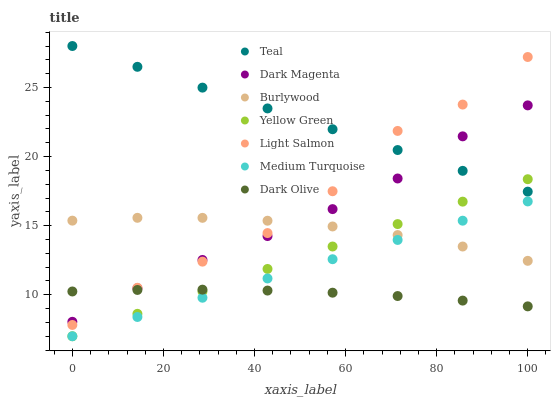
| xaxis_label | Teal | Dark Magenta | Burlywood | Yellow Green | Light Salmon | Medium Turquoise | Dark Olive |
 | --- | --- | --- | --- | --- | --- | --- | --- |
 | 0 | 28 | 8.05 | 15.4 | 7 | 7.82 | 7 | 10.2 |
 | 14.3 | 26.5 | 10.5 | 15.6 | 8.62 | 10.5 | 8.39 | 10.4 |
 | 28.6 | 25 | 12.5 | 15.6 | 10.2 | 12.4 | 9.79 | 10.4 |
 | 42.9 | 23.5 | 14.2 | 15.4 | 11.9 | 14.5 | 11.2 | 10.3 |
 | 57.1 | 22 | 16.2 | 14.9 | 13.5 | 17.5 | 12.6 | 10.2 |
 | 71.4 | 20.5 | 18.4 | 14.3 | 15.1 | 21.9 | 14 | 9.91 |
 | 85.7 | 19 | 21.5 | 13.5 | 16.7 | 23.8 | 15.4 | 9.58 |
 | 100 | 17.5 | 23.7 | 12.5 | 18.4 | 27.2 | 16.8 | 9.16 |